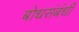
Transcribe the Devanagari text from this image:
बोधसंबंधी